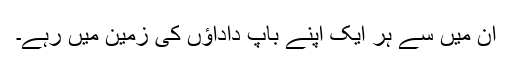
ان میں سے ہر ایک اپنے باپ داداؤں کی زمین میں رہے۔